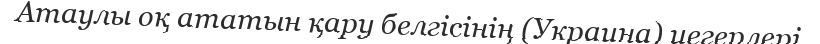
Атаулы оқ ататын қару белгісінің (Украина) иегерлері